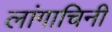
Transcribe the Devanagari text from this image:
लांगाचिनी